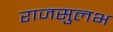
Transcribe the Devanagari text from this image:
राजसुलभ